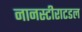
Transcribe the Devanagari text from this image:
नानस्टीराटडल